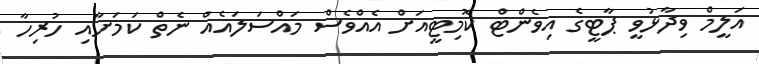
އަލީމް ވިދާޅުވީ ޕާޓީގެ އިވެންޓް ކޮމިޓީއަށް އެއްވެސް މައްސަލައެއް ނެތް ކަމަށާއި ހުރިހާ